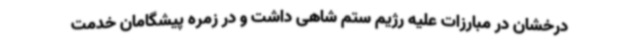
درخشان در مبارزات علیه رژیم ستم شاهی داشت و در زمره پیشگامان خدمت